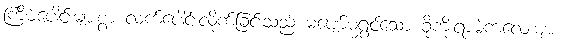
ကြိမ်ပေါင်းများစွာ လက်ပေါင်းလိုက်ခြင်းသည် မပျော်မရွှင်သော ခိုကိုးရာမဲ့ကလေးများ